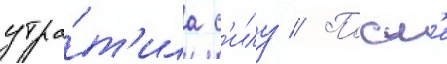
утра́т'ила с'илу // Посл'е